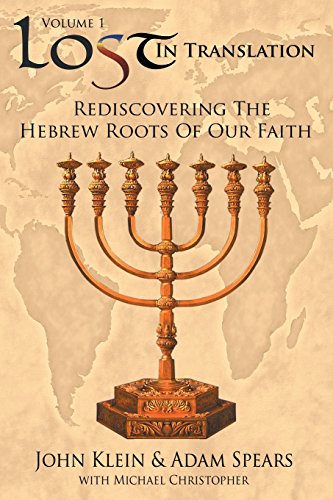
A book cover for Lost in Translation Vol. 1: Rediscovering the Hebrew Roots of Our Faith; John Klein; Christian Books & Bibles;